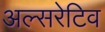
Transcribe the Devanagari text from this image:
अल्सरेटिव